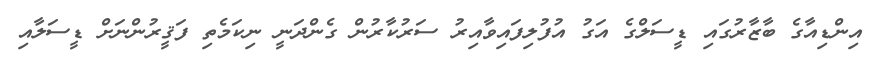
އިންޑިއާގެ ބާޒާރުގައި ޑީސަލްގެ އަގު އުފުލިފައިވާއިރު ސަރުކާރުން ގެންދަނީ ނިކަމެތި ފަޤީރުންނަށް ޑީސަލާއި